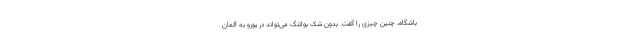
باشگاه، چنین چیزی را گفت. بدون شک بواتنگ می‌تواند در یورو به آلمان